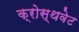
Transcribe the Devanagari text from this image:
क्रोस्थवेट